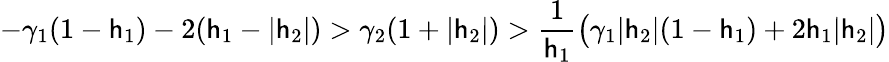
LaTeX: -\gamma_{1}(1-\mathsf{h}_{1})-2(\mathsf{h}_{1}-|\mathsf{h}_{2}|)>\gamma_{2}(1+|\mathsf{h}_{2}|)>\frac{{1}}{{\mathsf{h}_{1}}}\big(\gamma_{1}|\mathsf{h}_{2}|(1-\mathsf{h}_{1})+2\mathsf{h}_{1}|\mathsf{h}_{2}|\big)